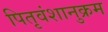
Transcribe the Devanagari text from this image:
पितृवंशानुक्रम